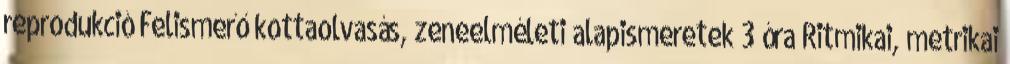
reprodukció Felismerő kottaolvasás, zeneelméleti alapismeretek 3 óra Ritmikai, metrikai